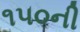
૧૫૦ની